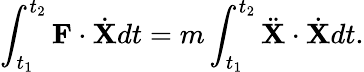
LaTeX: \int_{t_{1}}^{t_{2}}\mathbf{F}\cdot{\dot{\mathbf{X}}}dt=m\int_{t_{1}}^{t_{2}}{\ddot{\mathbf{X}}}\cdot{\dot{\mathbf{X}}}dt.